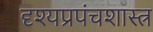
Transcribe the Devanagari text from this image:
दृश्यप्रपंचशास्त्र